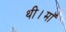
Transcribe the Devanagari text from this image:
थी।माॅ